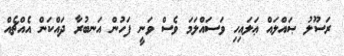
ރަސޫލު ޞައްލައް ޢަލައިހި ވަސައްލަމަ ވެސް ވަނީ ފަހުން އަނބުރާ ދައްކަން އެއްޗެއް